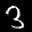
Label: 3